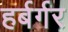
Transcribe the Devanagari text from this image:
हर्बर्गर